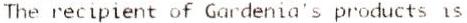
THE RECIPIENT OF GARDENIA'S PRODUCTS IS